Vaccination in Bombay 1924-1928 - 1924-1928
Year: 1924
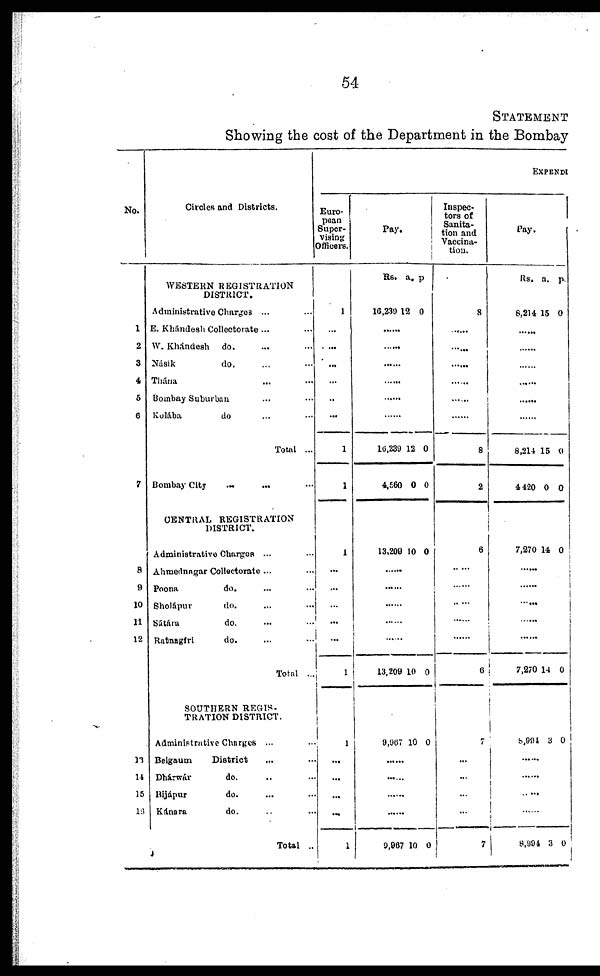
54
STATEMENT
Showing the cost of the Department in the Bombay
No.
1
2
3
4
6
6
7
8
9
10
11
12
13
14
15
16
Circles and Districts.
WESTERN REGISTRATION
DISTRICT.
Administrative Charges ... ...
E. Khándesh Collectorate ... ...
W. Khándesh do. ... ...
Násik
do. ... ...
Thána ... ...
Bombay Suburban
Kulába
do ... ...
Total ...
Bombay City ... ... ...
CENTRAL REGISTRATION
DISTRICT.
Administrative Charges ... ...
Ahmednagar Collectorate ... ...
Poona
do. ... ...
Sholápur
do. ... ...
Sátára
do. ... ...
Ratnagiri
do. ... ...
Total ...
SOUTHERN REGIS-
TRATION DISTRICT.
Administrative Charges ... ...
Belgaum
District ... ...
Dhárwár
do. ... ...
Hijápur
do. ... ...
Kánara
do. ... ...
Total ..
EXPENDI
Euro-
pean
Super-
vising
Officers.
1
...
...
...
...
...
...
1
1
1
...
...
...
...
...
1
1
...
...
...
...
1
Pay.
Rs.
10,239
a.
12
p.
0
......
......
......
......
......
......
10,239
4,560
12
0
0
0
13,209 10 0
......
......
......
......
13,209 10 0
9,967 10 0
......
......
......
......
9,967 10 0
Inspec-
tors of
Sanita-
tion and
Vaccina-
tion.
8
......
......
......
......
......
......
8
2
6
......
......
......
......
......
6
7
...
...
...
...
7
Pay.
Rs.
8,214
a.
15
p.
0
......
......
......
......
......
......
8,214
4 420
15
0
0
0
7,270 14 0
......
......
......
......
......
7,270 14 0
8,994 3 0
......
......
......
......
8,994 3 0